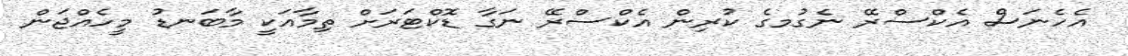
އެހެނަސް އެކްސްރޭ ނެގުމގެ ކުރިން އެކްސްރޭ ނަގާ ޑޮކްޓަރަށް ތިމާއަކީ މާބަނޑު މީހެއްޖަން